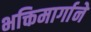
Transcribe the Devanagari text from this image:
भक्तिमार्गाने